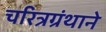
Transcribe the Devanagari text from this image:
चरित्रग्रंथाने